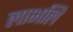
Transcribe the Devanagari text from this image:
लाभलि